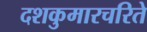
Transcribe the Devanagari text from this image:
दशकुमारचरिते